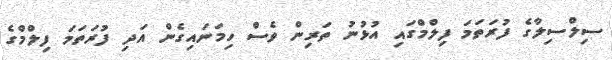
ސިލްސިލާގެ ފުރަތަމަ ފިލްމްގައި އުޅުނު ތަރިން ވެސް ހިމަނައިގެން އަދި ފުރަތަމަ ފިލްމްގެ